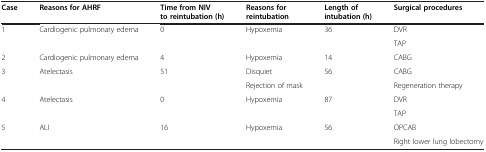
<table><thead><tr><td><b>Case</b></td><td><b>Reasons for AHRF</b></td><td><b>Time from NIV to reintubation (h)</b></td><td><b>Reasons for reintubation</b></td><td><b>Length of intubation (h)</b></td><td><b>Surgical procedures</b></td></tr></thead><tbody><tr><td>1</td><td>Cardiogenic pulmonary edema</td><td>0</td><td>Hypoxemia</td><td>36</td><td>DVR</td></tr><tr><td> </td><td> </td><td> </td><td> </td><td> </td><td>TAP</td></tr><tr><td>2</td><td>Cardiogenic pulmonary edema</td><td>4</td><td>Hypoxemia</td><td>14</td><td>CABG</td></tr><tr><td>3</td><td>Atelectasis</td><td>51</td><td>Disquiet</td><td>56</td><td>CABG</td></tr><tr><td> </td><td> </td><td> </td><td>Rejection of mask</td><td> </td><td>Regeneration therapy</td></tr><tr><td>4</td><td>Atelectasis</td><td>0</td><td>Hypoxemia</td><td>87</td><td>DVR</td></tr><tr><td> </td><td> </td><td> </td><td> </td><td> </td><td>TAP</td></tr><tr><td>5</td><td>ALI</td><td>16</td><td>Hypoxemia</td><td>56</td><td>OPCAB</td></tr><tr><td> </td><td> </td><td> </td><td> </td><td> </td><td>Right lower lung lobectomy</td></tr></tbody></table>